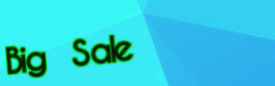
Big Sale